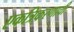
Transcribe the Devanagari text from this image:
एकत्रिकरणाची